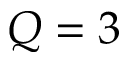
Q = 3